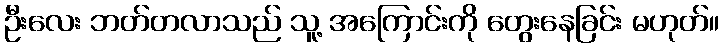
ဦးလေး ဘတ်တလာသည် သူ့ အကြောင်းကို တွေးနေခြင်း မဟုတ်။